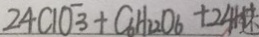
2 4 C 1 O ^ { - } _ { 3 } + C _ { 6 } H _ { 3 2 } O _ { 6 } + 2 4 H